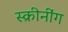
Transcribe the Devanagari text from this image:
स्क्रीनींग